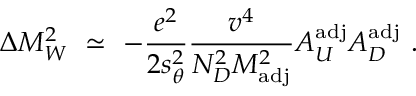
\Delta M _ { W } ^ { 2 } \ \simeq \ - { \frac { e ^ { 2 } } { 2 s _ { \theta } ^ { 2 } } } { \frac { v ^ { 4 } } { N _ { D } ^ { 2 } M _ { \mathrm { a d j } } ^ { 2 } } } A _ { U } ^ { \mathrm { a d j } } A _ { D } ^ { \mathrm { a d j } } \ .